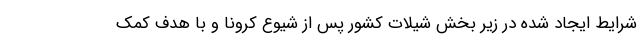
شرایط ایجاد شده در زیر بخش شیلات کشور پس از شیوع کرونا و با هدف کمک